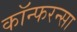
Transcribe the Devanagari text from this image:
कॉन्फरन्सा